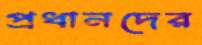
প্রধানদের